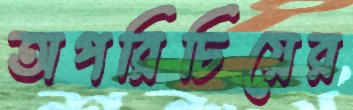
অপরিচিয়ের